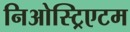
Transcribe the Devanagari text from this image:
निओस्ट्रिएटम